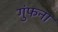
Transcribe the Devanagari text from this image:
गुंफना